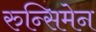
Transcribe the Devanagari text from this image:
रुन्सिमेन